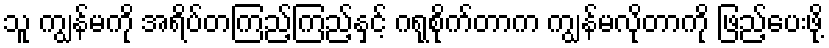
သူ ကျွန်မကို အရိပ်တကြည့်ကြည့်နှင့် ဂရုစိုက်တာက ကျွန်မလိုတာကို ဖြည့်ပေးဖို့